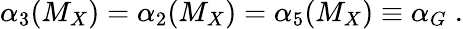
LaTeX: \alpha_{3}(M_{X})=\alpha_{2}(M_{X})=\alpha_{5}(M_{X})\equiv\alpha_{G}\; .